Vaccination North-Western Provinces and Oudh 1896-1901 - 1896-1901
Year: 1896
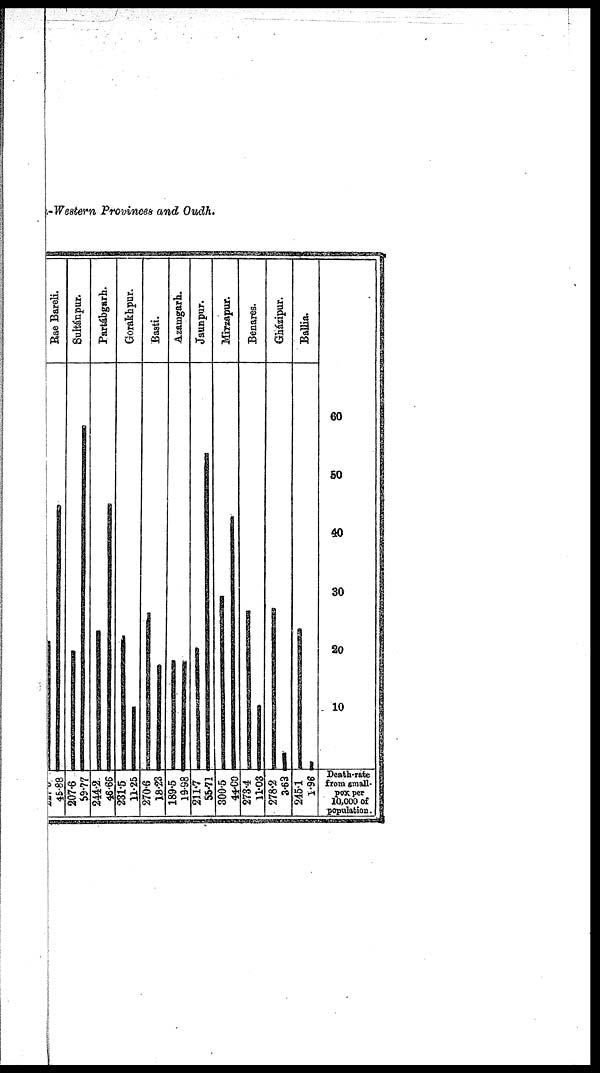
Western Provinces and Oudh.